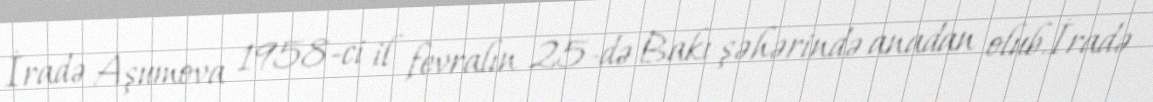
İradə Aşumova 1958-ci il fevralın 25-də Bakı şəhərində anadan olub.İradə